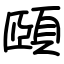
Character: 頤